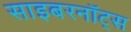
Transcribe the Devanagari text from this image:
साइबरनॉट्स